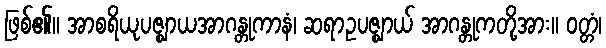
ဖြစ်၏။ အာစရိယုပဇ္ဈာယအာဂန္တုကာနံ၊ ဆရာဥပဇ္ဈာယ် အာဂန္တုကတို့အား။ ဝတ္တံ၊